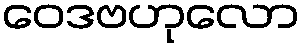
ဝေဒဗဟုလော